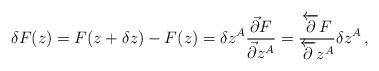
LaTeX: \begin{align*}\delta F(z)=F(z+\delta z)-F(z)=\delta z^{A}\frac{\vec{\partial} F}{\vec{\partial} z^{A}}=\frac{\overleftarrow{\partial} F}{\overleftarrow{\partial} z^{A}}\delta z^{A}\,,\end{align*}